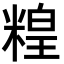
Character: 䊗